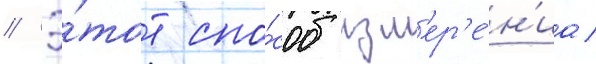
// Э́тот спо́соб изм'ер'е́н'иа